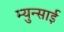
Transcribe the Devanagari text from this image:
म्युन्साई